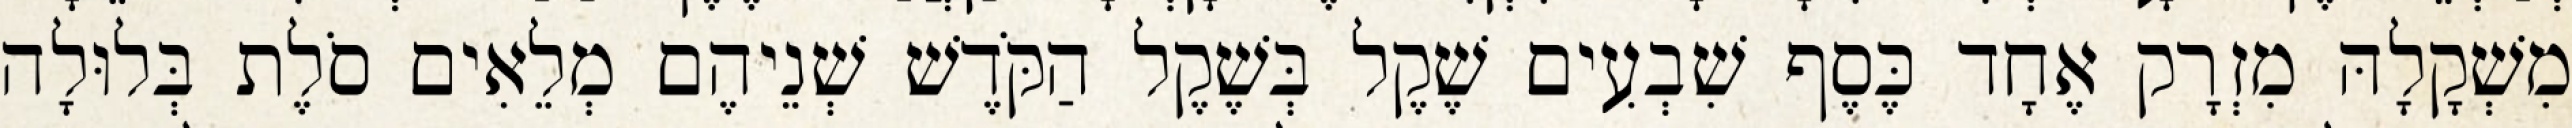
מִשְׁקָלָהּ מִזְרָק אֶחָד כֶּסֶף שִׁבְעִים שֶׁקֶל בְּשֶׁקֶל הַקֹּדֶשׁ שְׁנֵיהֶם מְלֵאִים סֹלֶת בְּלוּלָה